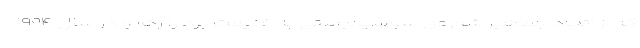
که از اتحاد جماهیر شوروی سوسیالیستی به غنیمت برد را رها و در سال ۱۹۹۴